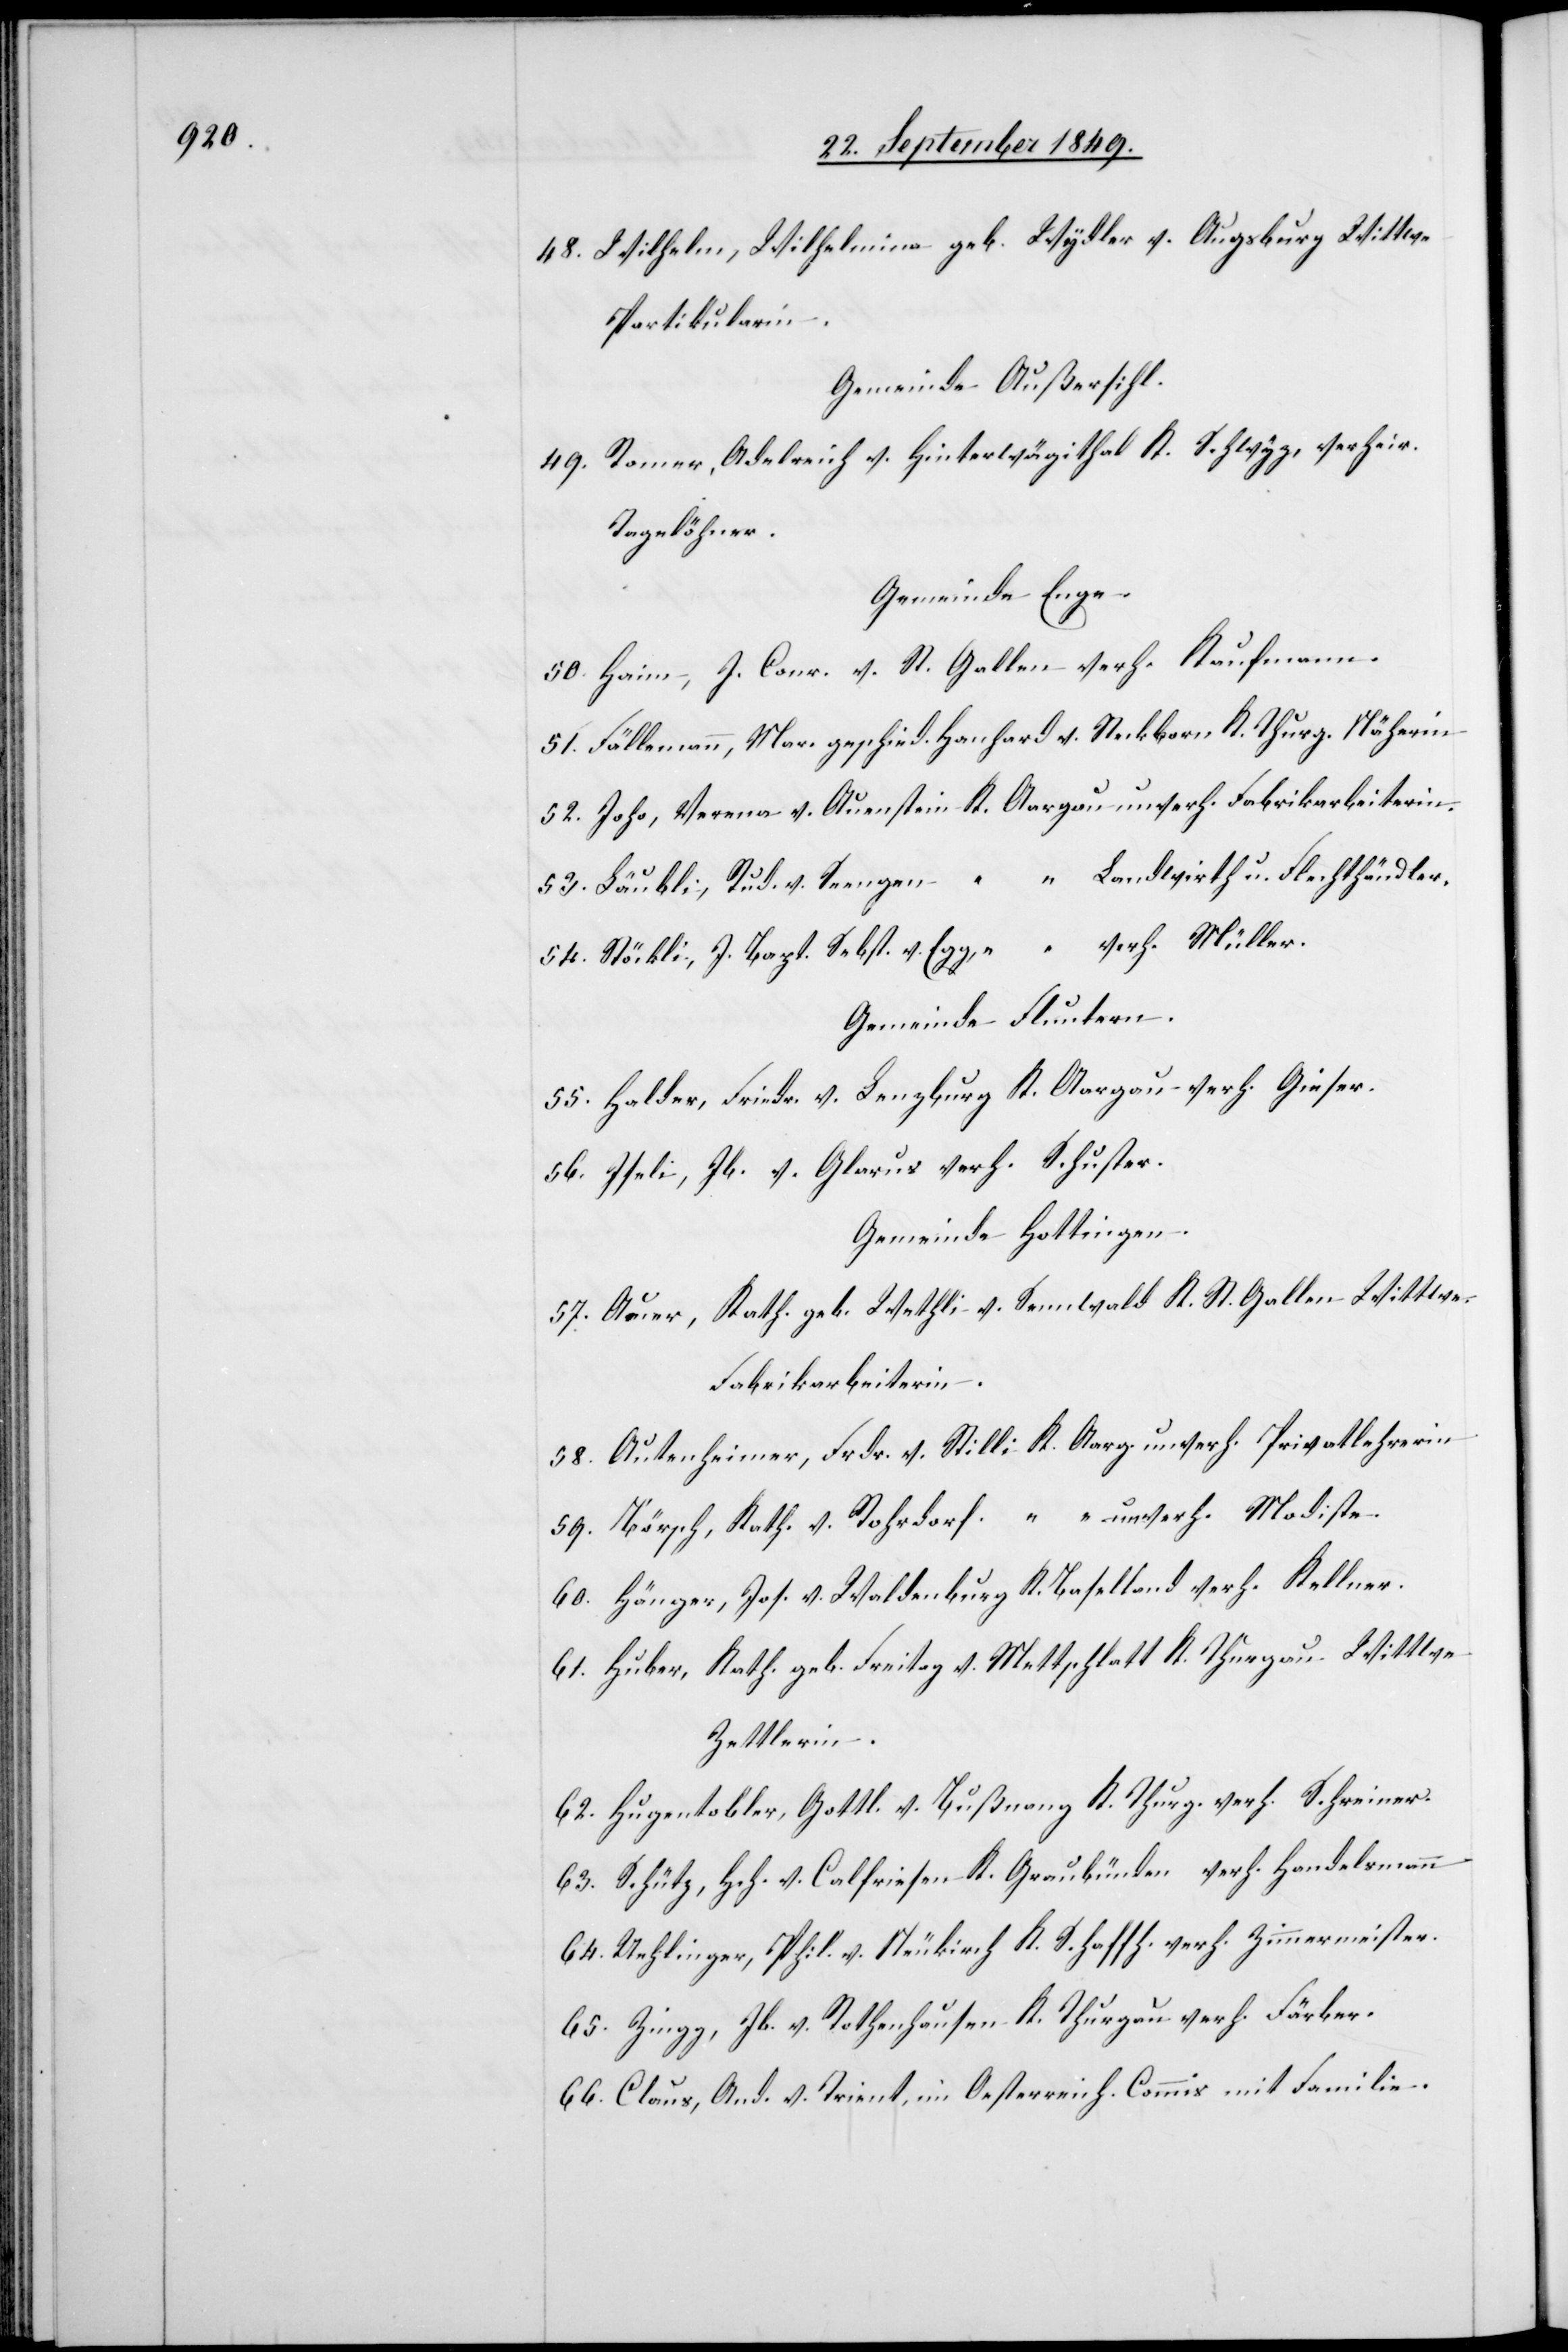
48. Wilhelm, Wilhelmina geb. Wydler v. Augsburg Wittwe
Partikularin.
Gemeinde Außersihl.
49. Romer, Adelreich v. Hinterwägithal K. Schwyz, verheir.
Tagelöhner.
Gemeinde enge.
50. Haim, J. Conr. v. St. Gallen verh. Kaufmann.
51.Fällemann, Mar. geschied. Hanhard v. Steckborn K. Thurg. Näherin
52. Johs, Verena v. Auenstein K. Aargau unverh. Fabrikarbeiterin.
53. Läubli, Rud. v. Seengen “ Landwirth u. Flechthändler.
54. Stöckli, J. Bapt. Sebst. v. Egg, “ verh. Müller.
Gemeinde Fluntern.
55. Halder, Friedr. v. Lenzburg K. Aargau verh. Gieser.
56. Iseli, Jb. v. Glarus verh. Schuster.
Gemeinde Hottingen.
57. Auer, Kath. geb. Wethli v. Sennwald K. St. Gallen Wittwe.
Fabrikarbeiterin.
58. Autenheimer, Frdr. v. Stilli K. Aarg. unverh. Privatlehrerin
59. Börsch, Kath. v. Rohrdorf “ unverh. Modiste.
60. Hänger, Jos. v. Waldenburg K. Baselland verh. Kellern.
61. Huber, Kath. geb. Freitag v. Mettschlatt K. Thurgau Wittwe.
Zettlerin.
62. Hugentobler, Gottl. v. Bußnang K. Thurg. verh. Schreiner.
63. Schütz, Hch. v. Calfriesen K. Graubünden verh. Handelsmann
64. Uehlinger, Phil. v. Neukirch K. Schaffh. verh. Zimmermeister.
65. Zingg, Jb. v. Rothenhausen K. Thurgau verh. Färber.
66. Claus, And. v. Trient, in Oesterreich. Commis mit Familie.